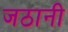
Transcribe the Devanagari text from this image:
जठानी